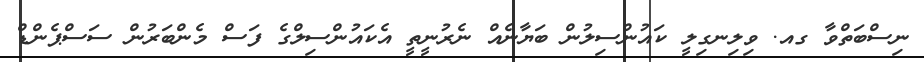
ނިސްބަތްވާ ގއ. ވިލިނގިލީ ކައުންސިލުން ބަޔާނެއް ނެރުނީތީ އެކައުންސިލްގެ ފަސް މެންބަރުން ސަސްޕެންޑް